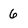
Character: 6